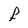
Character: F